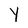
Character: Y